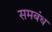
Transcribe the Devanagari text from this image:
समबंध